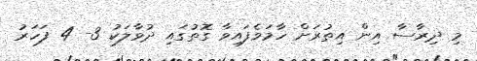
މި ދިރާސާ އިން އިތުރަށް ހާމަވެފައިވާ ގޮތުގައި ދުވާލަކު 3- 4 ފަހަރު